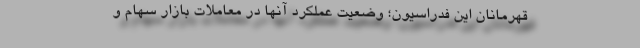
قهرمانان این فدراسیون؛ وضعیت عملکرد آنها در معاملات بازار سهام و